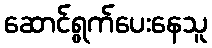
ဆောင်ရွက်ပေးနေသူ